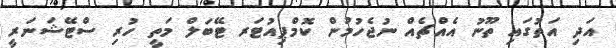
އަދި އަތުގައި ތޫނު އެއްޗެއް ނުޖެހުމުން ކޮމްޕިއުޓަރ ޓޭބަލް މަތީ ހުރި ސްޓޭޝަނަރީ